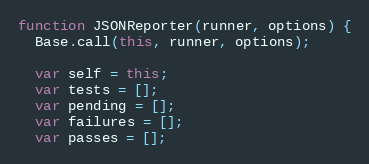
Language: JavaScript
function JSONReporter(runner, options) {
  Base.call(this, runner, options);

  var self = this;
  var tests = [];
  var pending = [];
  var failures = [];
  var passes = [];